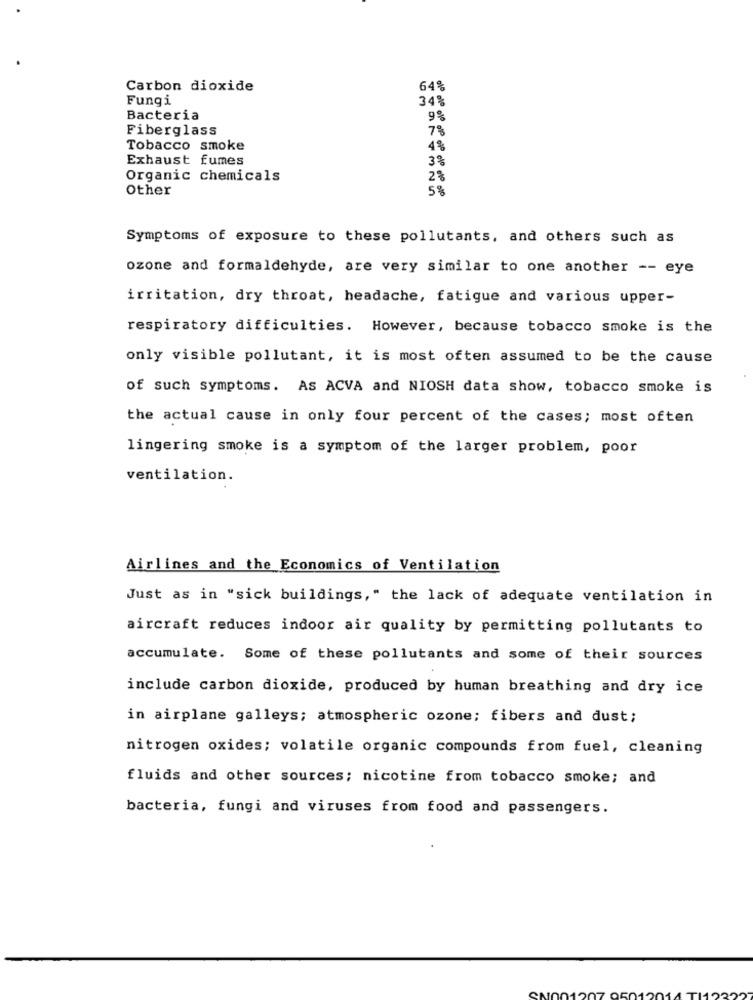
Carbon dioxide
64%
Fungi
34%
Bacteria
9%
Fiberglass
7 %
Tobacco smoke
4%
Exhaust fumes
3%
Organic chemicals
2%
Other
5%
Symptoms of exposure to these pollutants, and others such as
ozone and formaldehyde, are very similar to one another -- eye
irritation, dry throat, headache, fatigue and various upper-
respiratory difficulties. However, because tobacco smoke is the
only visible pollutant, it is most often assumed to be the cause
of such symptoms. AS ACVA and NIOSH data show, tobacco smoke is
the actual cause in only four percent of the cases; most often
lingering smoke is a symptom of the larger problem, poor
ventilation.
Airlines and the Economics of Ventilation
Just as in "sick buildings," the lack of adequate ventilation in
aircraft reduces indoor air quality by permitting pollutants to
accumulate. Some of these pollutants and some of their sources
include carbon dioxide, produced by human breathing and dry ice
in airplane galleys; atmospheric ozone; fibers and dust;
nitrogen oxides; volatile organic compounds from fuel, cleaning
fluids and other sources; nicotine from tobacco smoke; and
bacteria, fungi and viruses from food and passengers.